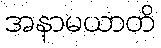
အနာမယာတိ